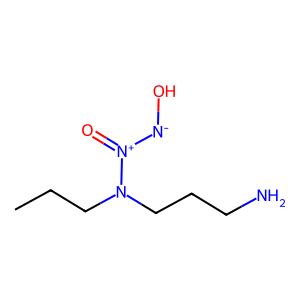
SMILES: CCCN(CCCN)[N+](=O)[N-]O
Inhibits HIV replication: No